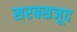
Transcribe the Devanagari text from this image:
सरबसजूद